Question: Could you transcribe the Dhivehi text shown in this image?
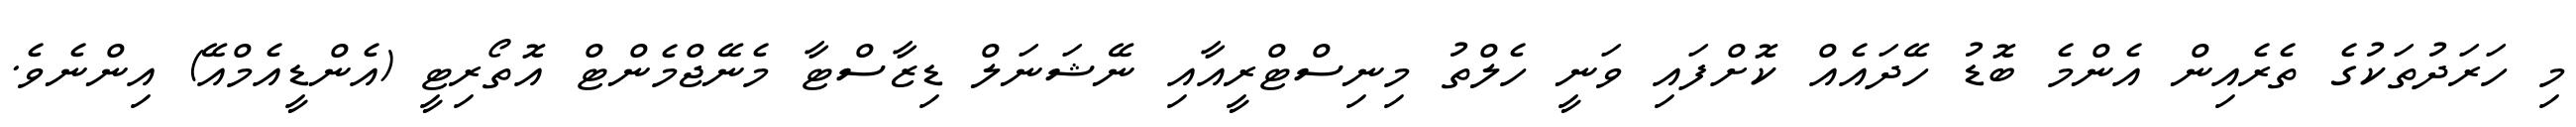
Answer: މި ހަރަދުތަކުގެ ތެރެއިން އެންމެ ބޮޑު ހޭދައެއް ކޮށްފައި ވަނީ ހެލްތު މިނިސްޓްރީއާއި ނޭޝަނަލް ޑިޒާސްޓާ މެނޭޖްމެންޓް އޮތޯރިޓީ (އެންޑީއެމްއޭ) އިންނެވެ.